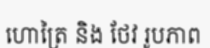
ហោត្រៃ និង ថែវ រូបភាព